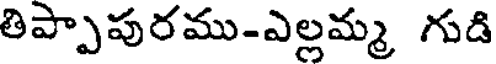
తిప్పాపురము-ఎల్లమ్మ గుడి